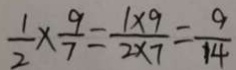
\frac { 1 } { 2 } \times \frac { 9 } { 7 } = \frac { 1 \times 9 } { 2 \times 7 } = \frac { 9 } { 1 4 }